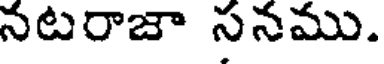
నటరాజా సనము.